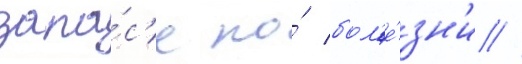
запа́с'е по́ бол'е́зн'и //